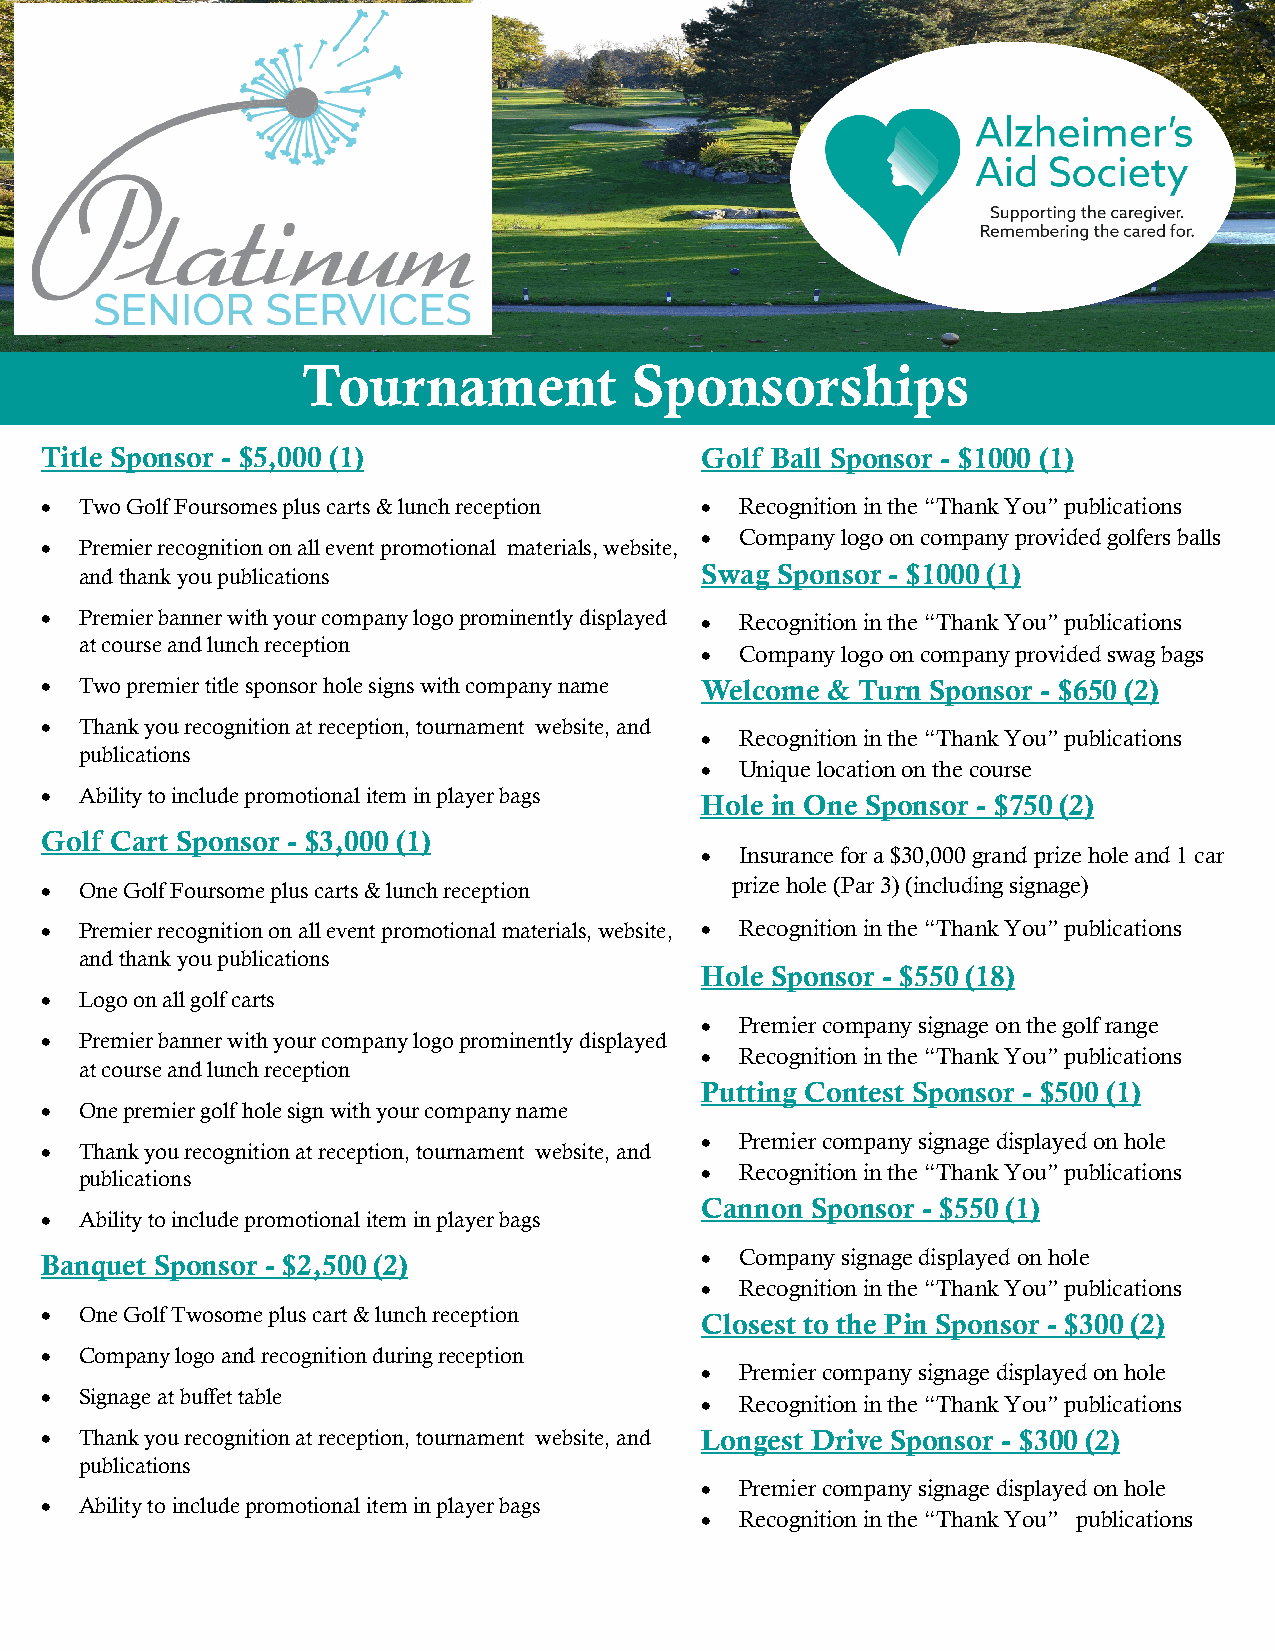
Tournament            Sponsorships
 Title Sponsor - $5,000 (1)                 Golf Ball Sponsor - $1000 (1)
 • Two Golf Foursomes plus carts & lunch reception • Recognition in the “Thank You” publications
 •  Company logo on company provided golfers balls
 • Premier recognition on all event promotional materials, website,
 and thank you publications               Swag Sponsor - $1000 (1)
 • Premier banner with your company logo prominently displayed • Recognition in the “Thank You” publications
 at course and lunch reception
 •  Company logo on company provided swag bags
 • Two premier title sponsor hole signs with company name Welcome & Turn Sponsor - $650 (2)
 • Thank you recognition at reception, tournament website, and
 •  Recognition in the “Thank You” publications
 publications
 •  Unique location on the course
 • Ability to include promotional item in player bags Hole in One Sponsor - $750 (2)
 Golf Cart Sponsor - $3,000 (1)
 •  Insurance for a $30,000 grand prize hole and 1 car
 • One Golf Foursome plus carts & lunch reception prize hole (Par 3) (including signage)
 • Premier recognition on all event promotional materials, website, • Recognition in the “Thank You” publications
 and thank you publications
 Hole Sponsor - $550 (18)
 • Logo on all golf carts
 •  Premier company signage on the golf range
 • Premier banner with your company logo prominently displayed
 •  Recognition in the “Thank You” publications
 at course and lunch reception
 Putting Contest Sponsor - $500 (1)
 • One premier golf hole sign with your company name
 •  Premier company signage displayed on hole
 • Thank you recognition at reception, tournament website, and
 publications                             •  Recognition in the “Thank You” publications
 Cannon  Sponsor - $550 (1)
 • Ability to include promotional item in player bags
 Banquet Sponsor - $2,500 (2)               •  Company signage displayed on hole
 •  Recognition in the “Thank You” publications
 • One Golf Twosome plus cart & lunch reception Closest to the Pin Sponsor - $300 (2)
 • Company logo and recognition during reception
 •  Premier company signage displayed on hole
 • Signage at buffet table
 •  Recognition in the “Thank You” publications
 • Thank you recognition at reception, tournament website, and Longest Drive Sponsor - $300 (2)
 publications
 •  Premier company signage displayed on hole
 • Ability to include promotional item in player bags
 •  Recognition in the “Thank You” publications